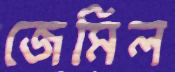
জেমিল